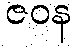
ဇဝန